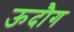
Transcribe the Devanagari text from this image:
ऊदौग